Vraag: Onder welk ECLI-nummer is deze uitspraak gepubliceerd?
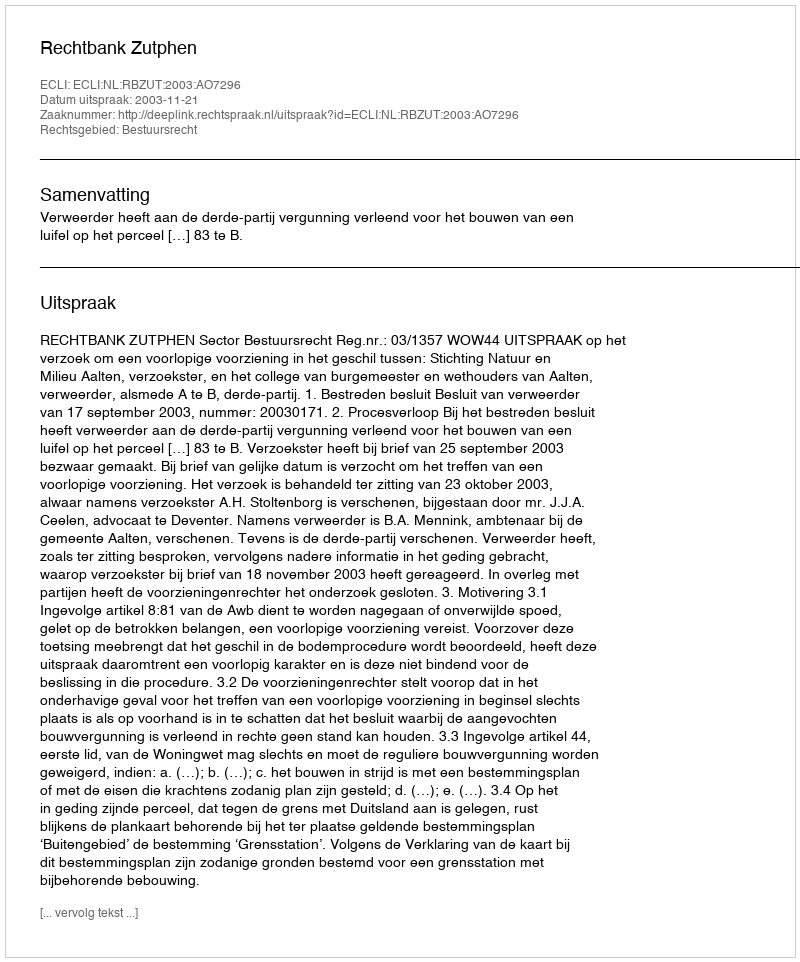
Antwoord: ECLI:NL:RBZUT:2003:AO7296